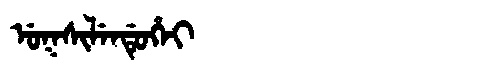
Manchu: ᡠᡴᠰᡳᠯᡝᠨᡩᡠᡥᡝᡳ
Romanization: UKSILENDUHEI